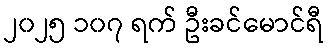
၂၀၂၅ ၁၀၇ ရက် ဦးခင်မောင်ရီ